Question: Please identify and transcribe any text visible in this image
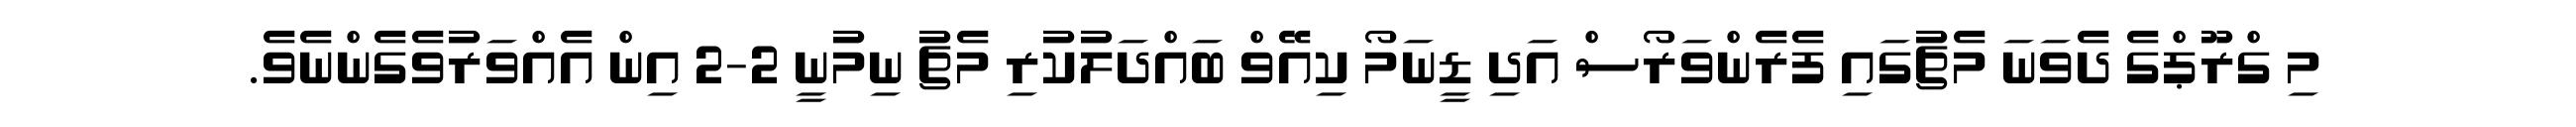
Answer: މި ގްރޫޕްގެ ދެވަނަ މެޗުގައި ފެރެންވަރޯސް އަދި ޑީނަމޯ ކިއޭވް ބައްދަލުކުރި މެޗު ނިމުނީ 2-2 އިން އެއްވަރުވެގެންނެވެ.